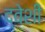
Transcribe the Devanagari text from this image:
द्वेशी